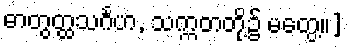
ဓာတွတ္ထသင်္ဂဟ, သက္ကတတို့၌ မတွေ့။]